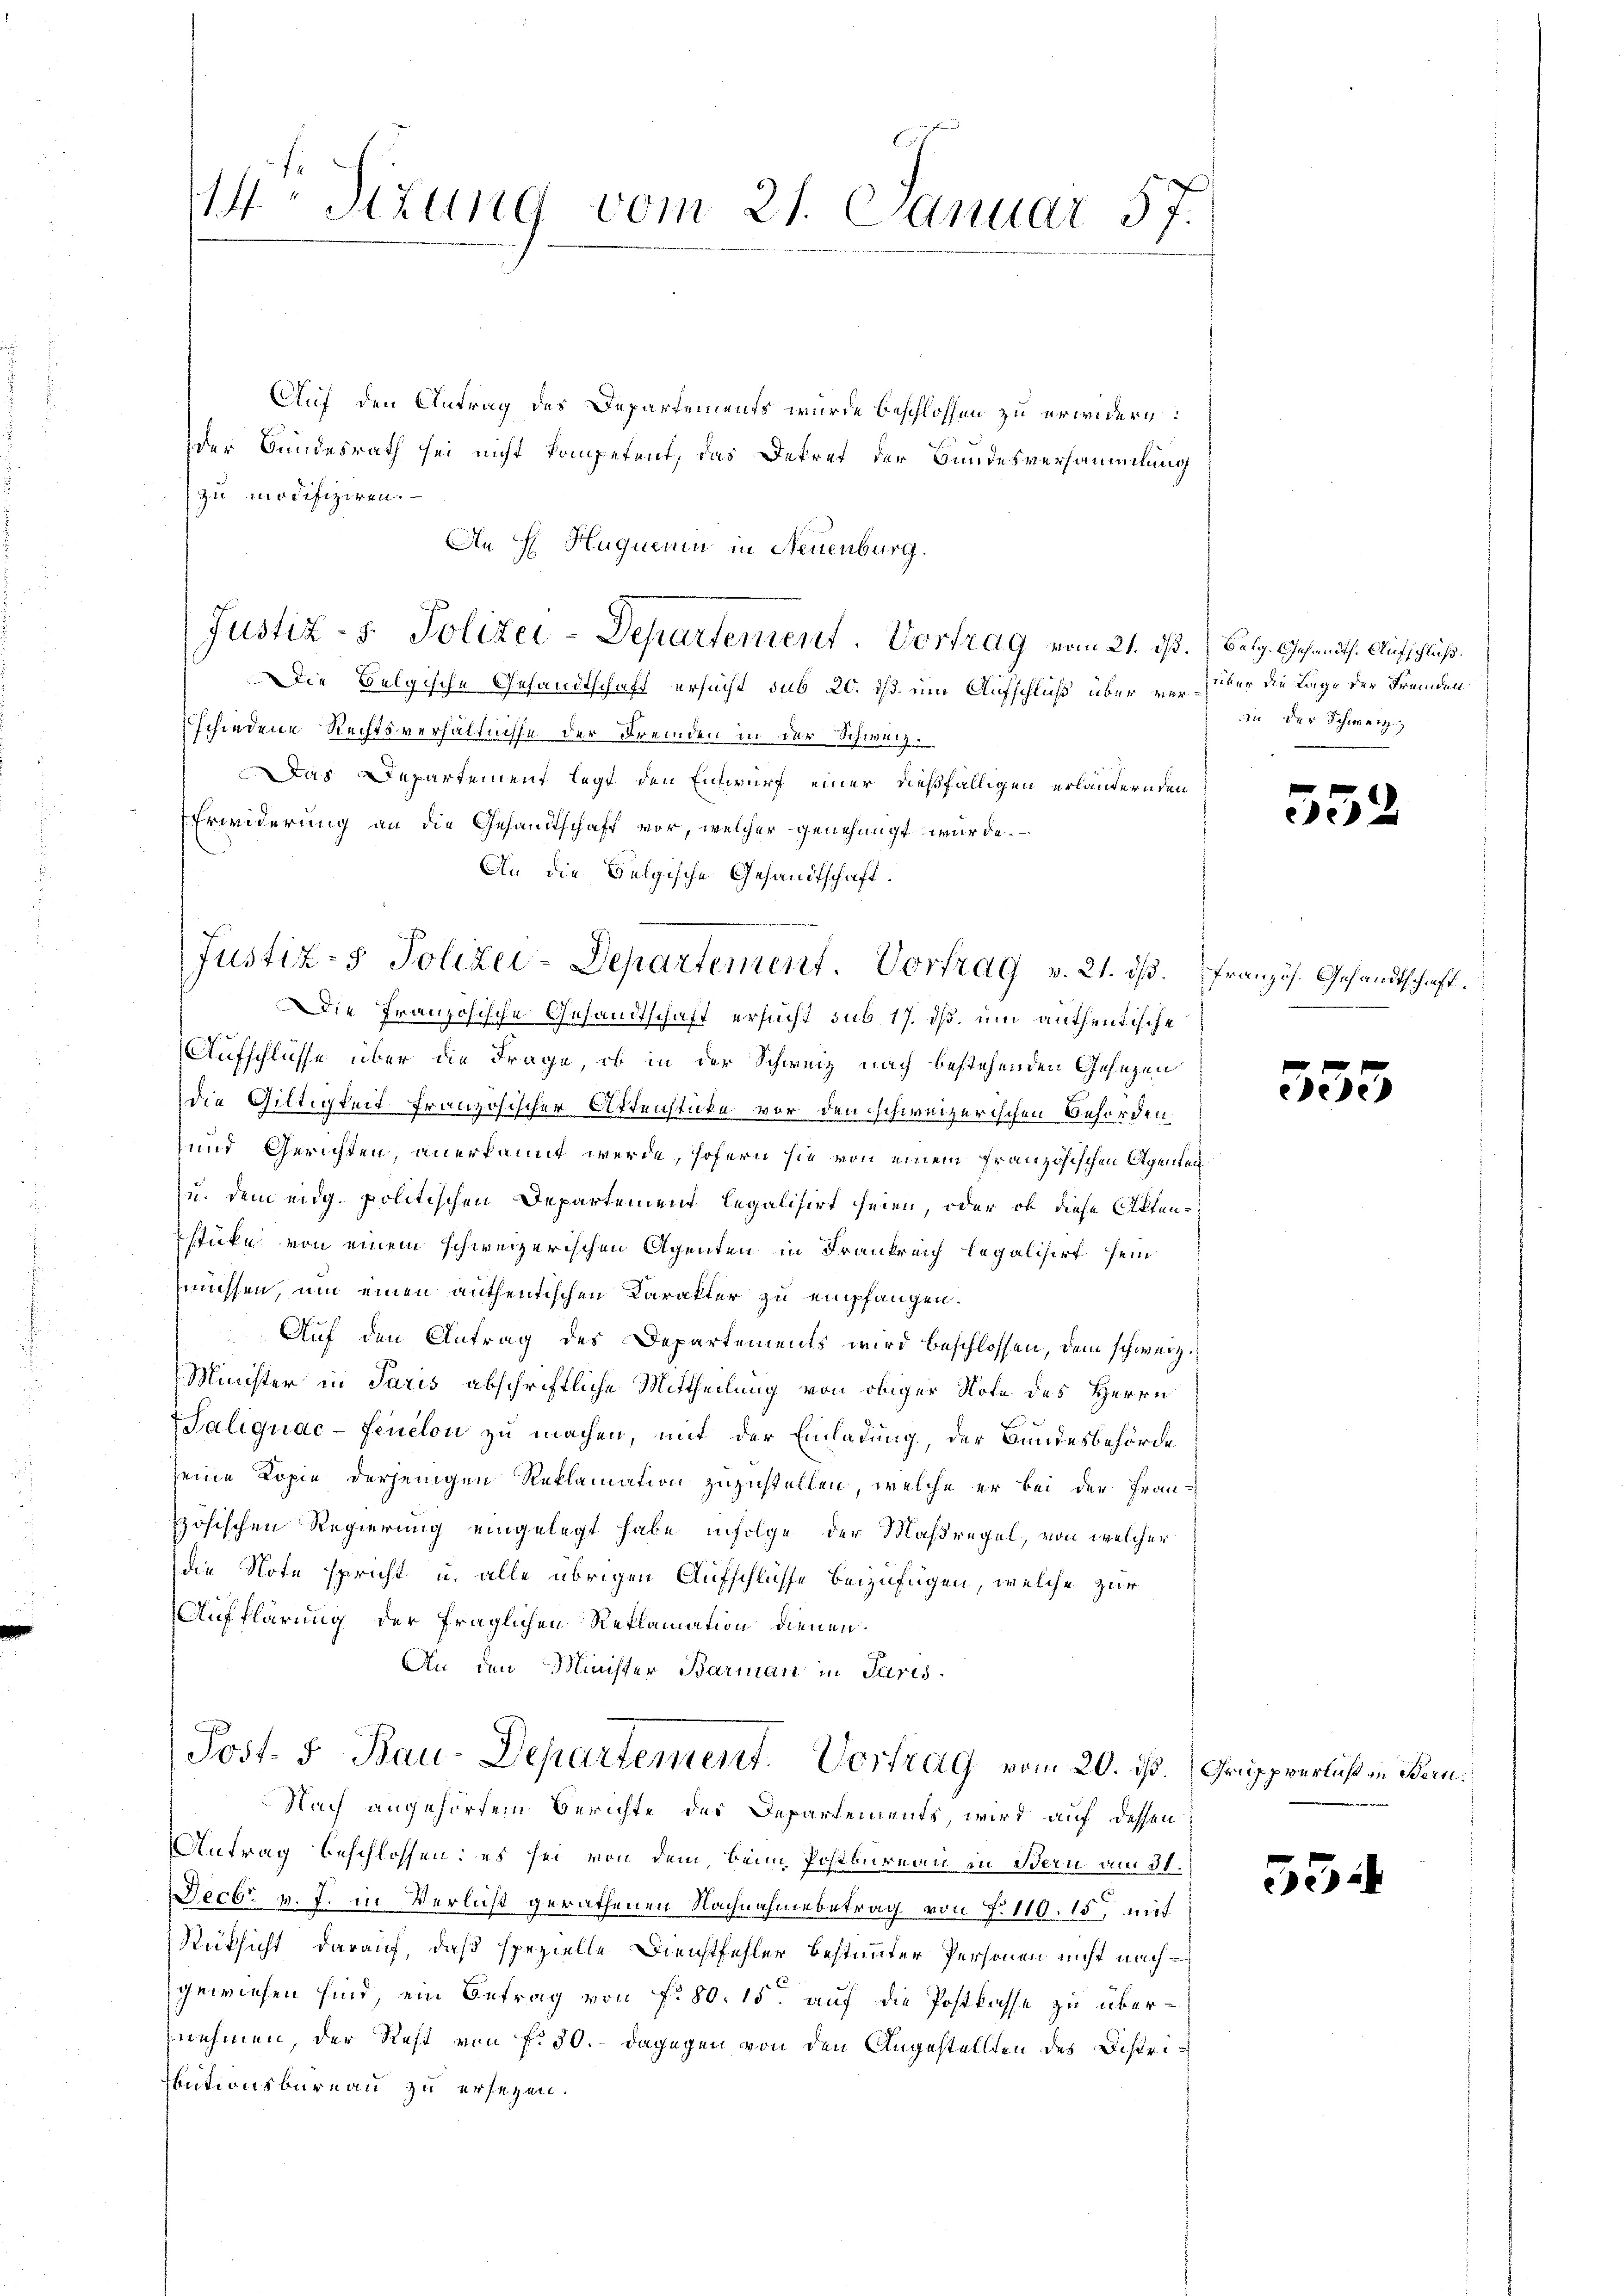
44 Sizung vom 21. Januar 57.

Justiz- & Polizei-Departement. Vortrag vom 21. ist. Belg. Gesandts. Aufschluß.

Justiz- & Polizei-Departement. Vortrag v. 21. dβ. Französ. Gesandtschaft.

Auf den Antrag des Departements wurde beschlossen zu erwidern:
der Bundesrath sei nicht kompetent, das Dekret der Bundesversammlung
zu modifiziren.
An H Huquenin in Neuenburg.
Die Belgische Gesandtschaft ersucht sub 20. ds. um Aufschluß über verster die Lage der Fremden
schiedene Rechtsverhältnisse der Fremden in der Schweiz.
Das Departement legt den Entwurf einer dießfälligen erländernden
Erwiderung an die Gesandtschaft vor, welcher genehmigt wurde.
An die Belgische Gesandtschaft.
Die Französische Gesandtschaft ersucht sub 17. ds. und authentische
Aufschlüsse über die Frage, ob in der Schweiz nach bestehenden Gesezen
die Giltigkeit französischer Aktenstücke vor den schweizerischen Behörden
und Gerichten, anerkannt werde, sofern sie von einem französischen Agenten
u. dem eidg. politischen Departement legalisirt seien, oder ob diese Akten
stüke von einem schweizerischen Agenten in Frankreich legalisirt sein
müssen, um einen anthentischen Karakter zu empfangen.
Auf den Antrag des Departements wird beschlossen, dem schweiz.
Minister in Paris abschriftliche Mittheilung von obiger Note des Herrn
Saliquac-Feuelon zu machen, mit der Einladung, der Bundesbehörde
seine Kopie derjenigen Reklamation zuzustellen, welche er bei der Französischen Regierung eingelegt habe infolge der Maßregel, von welcher
die Note spricht u. alle übrigen Aufschlüsse beizufügen, welche zur
Aufklärung der fraglichen Reklamation dienen.
An den Minister Barmann in Paris
Post- 5. Bau-Departement. Vortrag vom 20. ds. Gruppverlaß in Beru¬
Nach angehörtem Berichte des Departements, wird auf dessen
Antrag beschlossen: es sei von dem, beim Postkureau in Bern am 31.
Decbr v. J. in Verlicht gerathenen Nachnahmebetrag von N. 110. 15, mit
Rüksicht darauf, daß spezielle Dienstfehler bestimmter Personen nicht nachgewiesen sind, ein Betrag von fl. 80. 15. auf die Postkasse zu übernnehmen, der Rest von f. 30. - dagegen von den Angestellten des Distributionsbüreau zu ersezen.

iin der Schwerz

55

d

555

534